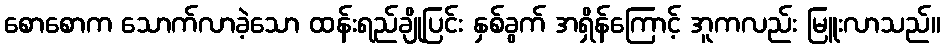
စောစောက သောက်လာခဲ့သော ထန်းရည်ချိုပြင်း နှစ်ခွက် အရှိန်ကြောင့် အူကလည်း မြူးလာသည်။